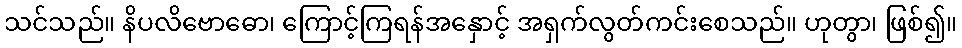
သင်သည်။ နိပလိဗောဓော၊ ကြောင့်ကြရန်အနှောင့် အရှက်လွတ်ကင်းစေသည်။ ဟုတွာ၊ ဖြစ်၍။